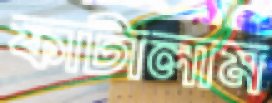
ফাটালাম